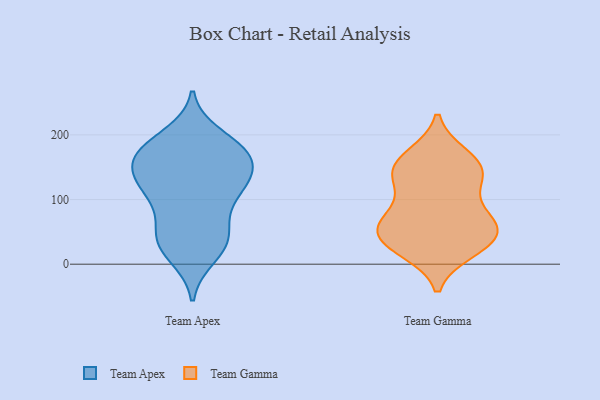
{"axis": {"x": "Website Visitors", "y": "Value"}, "legend": ["Team Apex", "Team Gamma"], "data": [{"x": "", "y": 48, "type": "Team Apex"}, {"x": "", "y": 166, "type": "Team Apex"}, {"x": "", "y": 58, "type": "Team Apex"}, {"x": "", "y": 198, "type": "Team Apex"}, {"x": "", "y": 147, "type": "Team Apex"}, {"x": "", "y": 108, "type": "Team Apex"}, {"x": "", "y": 42, "type": "Team Apex"}, {"x": "", "y": 25, "type": "Team Apex"}, {"x": "", "y": 177, "type": "Team Apex"}, {"x": "", "y": 165, "type": "Team Apex"}, {"x": "", "y": 13, "type": "Team Apex"}, {"x": "", "y": 101, "type": "Team Apex"}, {"x": "", "y": 179, "type": "Team Apex"}, {"x": "", "y": 129, "type": "Team Apex"}, {"x": "", "y": 179, "type": "Team Apex"}, {"x": "", "y": 32, "type": "Team Apex"}, {"x": "", "y": 165, "type": "Team Apex"}, {"x": "", "y": 113, "type": "Team Apex"}, {"x": "", "y": 124, "type": "Team Apex"}, {"x": "", "y": 133, "type": "Team Apex"}, {"x": "", "y": 152, "type": "Team Gamma"}, {"x": "", "y": 22, "type": "Team Gamma"}, {"x": "", "y": 62, "type": "Team Gamma"}, {"x": "", "y": 91, "type": "Team Gamma"}, {"x": "", "y": 62, "type": "Team Gamma"}, {"x": "", "y": 20, "type": "Team Gamma"}, {"x": "", "y": 136, "type": "Team Gamma"}, {"x": "", "y": 168, "type": "Team Gamma"}, {"x": "", "y": 145, "type": "Team Gamma"}, {"x": "", "y": 42, "type": "Team Gamma"}, {"x": "", "y": 45, "type": "Team Gamma"}, {"x": "", "y": 60, "type": "Team Gamma"}, {"x": "", "y": 128, "type": "Team Gamma"}, {"x": "", "y": 135, "type": "Team Gamma"}, {"x": "", "y": 169, "type": "Team Gamma"}, {"x": "", "y": 51, "type": "Team Gamma"}, {"x": "", "y": 81, "type": "Team Gamma"}, {"x": "", "y": 27, "type": "Team Gamma"}]}